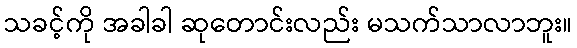
သခင့်ကို အခါခါ ဆုတောင်းလည်း မသက်သာလာဘူး။